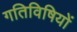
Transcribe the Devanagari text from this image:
गतिविषियों